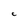
Character: C